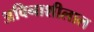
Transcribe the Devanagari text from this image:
अविनाशीलाल